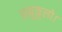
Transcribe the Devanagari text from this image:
अनुकूलो।